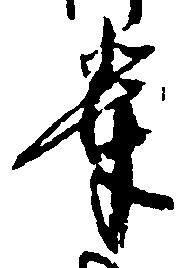
輩